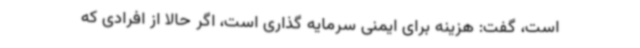
است، گفت: هزینه برای ایمنی سرمایه گذاری است، اگر حالا از افرادی که